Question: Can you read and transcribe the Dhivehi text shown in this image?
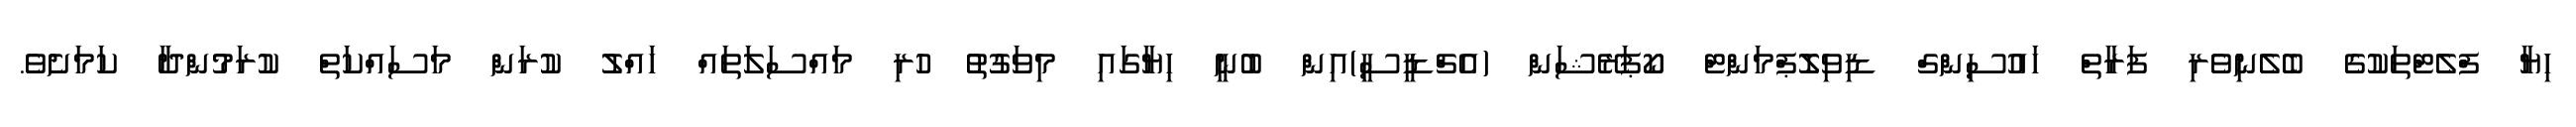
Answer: ހިޔާ ފްލެޓްތަކުގެ ބެލެނިވެރި ފަރާތް ހައުސިންގް ޑިވިލޮޕްމަންޓް ކޯޕަރޭޝަން (އެޗްޑީސީ)އިން ބުނީ ހިޔާގައި މިވަގުތު ހުރި މައްސަލަތައް ހައްލު ކުރަން މަސައްކަތް ކުރަމުންދާ ކަމަށެވެ.